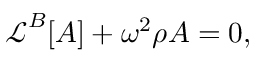
\begin{array} { r } { \boldsymbol { \mathcal { L } } ^ { B } [ \boldsymbol { A } ] + \omega ^ { 2 } \rho \boldsymbol { A } = \boldsymbol { 0 } , } \end{array}